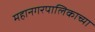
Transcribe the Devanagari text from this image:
महानगरपालिकाच्या